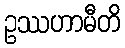
ဥဿဟာမီတိ